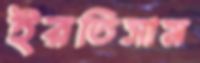
ইরতিসাম